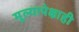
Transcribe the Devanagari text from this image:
मूल्यापेक्षाही